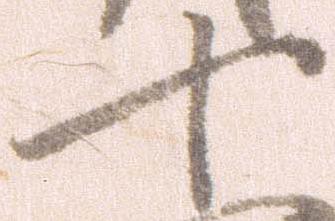
十